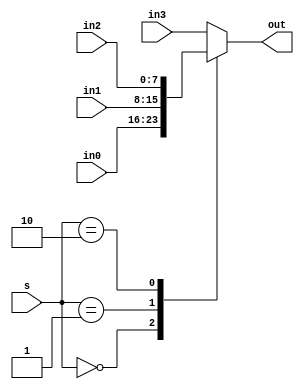
// LPM Mux
//

module lpm_mux4
(
	in0,
	in1,
	in2,
	in3,
	s,
	out
);

parameter WIDTH = 8;

input		wire		[WIDTH-1:0]		in0;
input		wire		[WIDTH-1:0]		in1;
input		wire		[WIDTH-1:0]		in2;
input		wire		[WIDTH-1:0]		in3;
input		wire		[1:0]				s;
output	reg 		[WIDTH-1:0] 	out;

always @(in0 or in1 or in2 or in3 or s)
begin
	case (s)
		0: out = in0;
		1: out = in1;
		2: out = in2;
		default: out = in3;
	endcase
end

endmodule